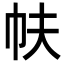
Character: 㠸